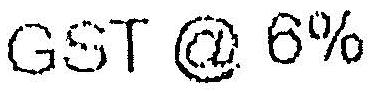
GST @ 6%